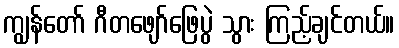
ကျွန်တော် ဂီတဖျော်ဖြေပွဲ သွား ကြည့်ချင်တယ်။